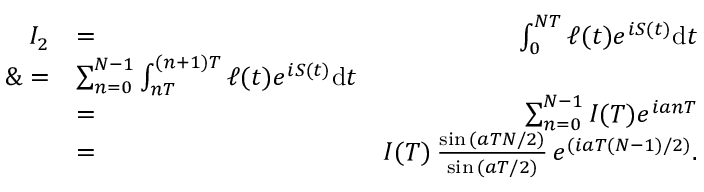
\begin{array} { r l r } { I _ { 2 } } & { = } & { \int _ { 0 } ^ { N T } \ell ( t ) e ^ { i S ( t ) } \mathrm { d } t } \\ { \& = } & { \sum _ { n = 0 } ^ { N - 1 } \int _ { n T } ^ { ( n + 1 ) T } \ell ( t ) e ^ { i S ( t ) } \mathrm { d } t } \\ & { = } & { \sum _ { n = 0 } ^ { N - 1 } I ( T ) e ^ { i a n T } } \\ & { = } & { I ( T ) \, \frac { \sin { ( a T N / 2 ) } } { \sin { ( a T / 2 ) } } \, e ^ { ( i a T ( N - 1 ) / 2 ) } . } \end{array}